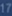
17